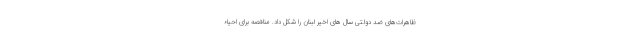
ظاهرات‌های ضد دولتی سال های اخیر لبنان را شکل داد. مناقصه برای احیاءِ